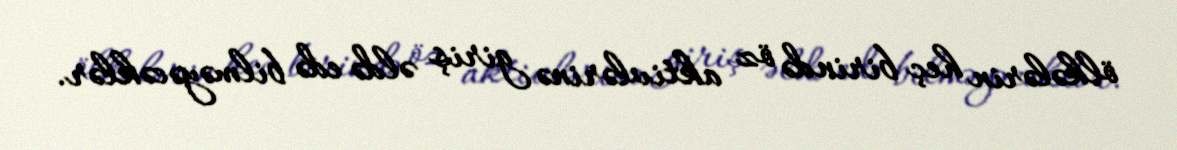
ölkələrin heç birində öz aktivlərinə giriş əldə edə bilməyəcəklər.